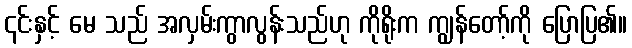
၎င်းနှင့် မေ သည် အလှမ်းကွာလွန်းသည်ဟု ကိုရိုးက ကျွန်တော့်ကို ပြောပြ၏။